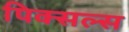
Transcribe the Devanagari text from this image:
पिक्सल्स